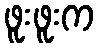
ဖူးဖူးက